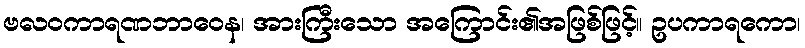
ဗလဝကာရဏဘာဝေန၊ အားကြီးသော အကြောင်း၏အဖြစ်ဖြင့်။ ဥပကာရကော၊